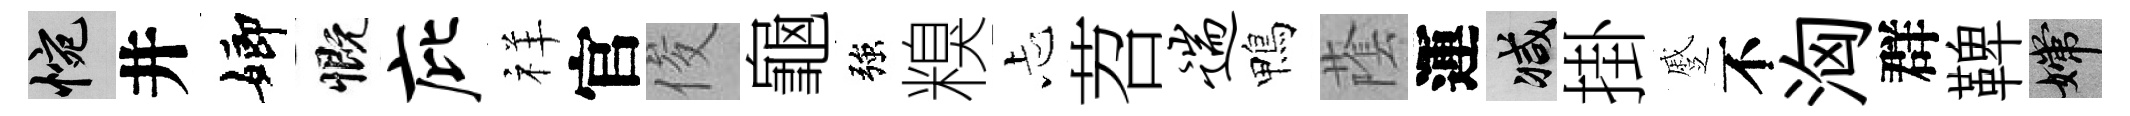
惋井嫏慨庇祥官俊龜強糗忐苕遄鴨䕃運减掛蹙不洶群鞞嫦